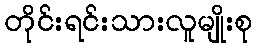
တိုင်းရင်းသားလူမျိုးစု